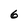
Character: 6